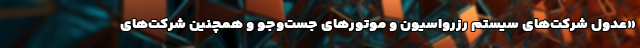
«عدول شرکت‌های سیستم رزرواسیون و موتورهای جست‌وجو و همچنین شرکت‌های